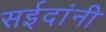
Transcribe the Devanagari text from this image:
सईदांनी